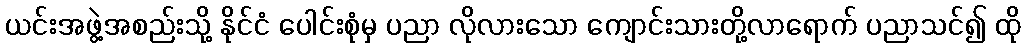
ယင်းအဖွဲ့အစည်းသို့ နိုင်ငံ ပေါင်းစုံမှ ပညာ လိုလားသော ကျောင်းသားတို့လာရောက် ပညာသင်၍ ထို